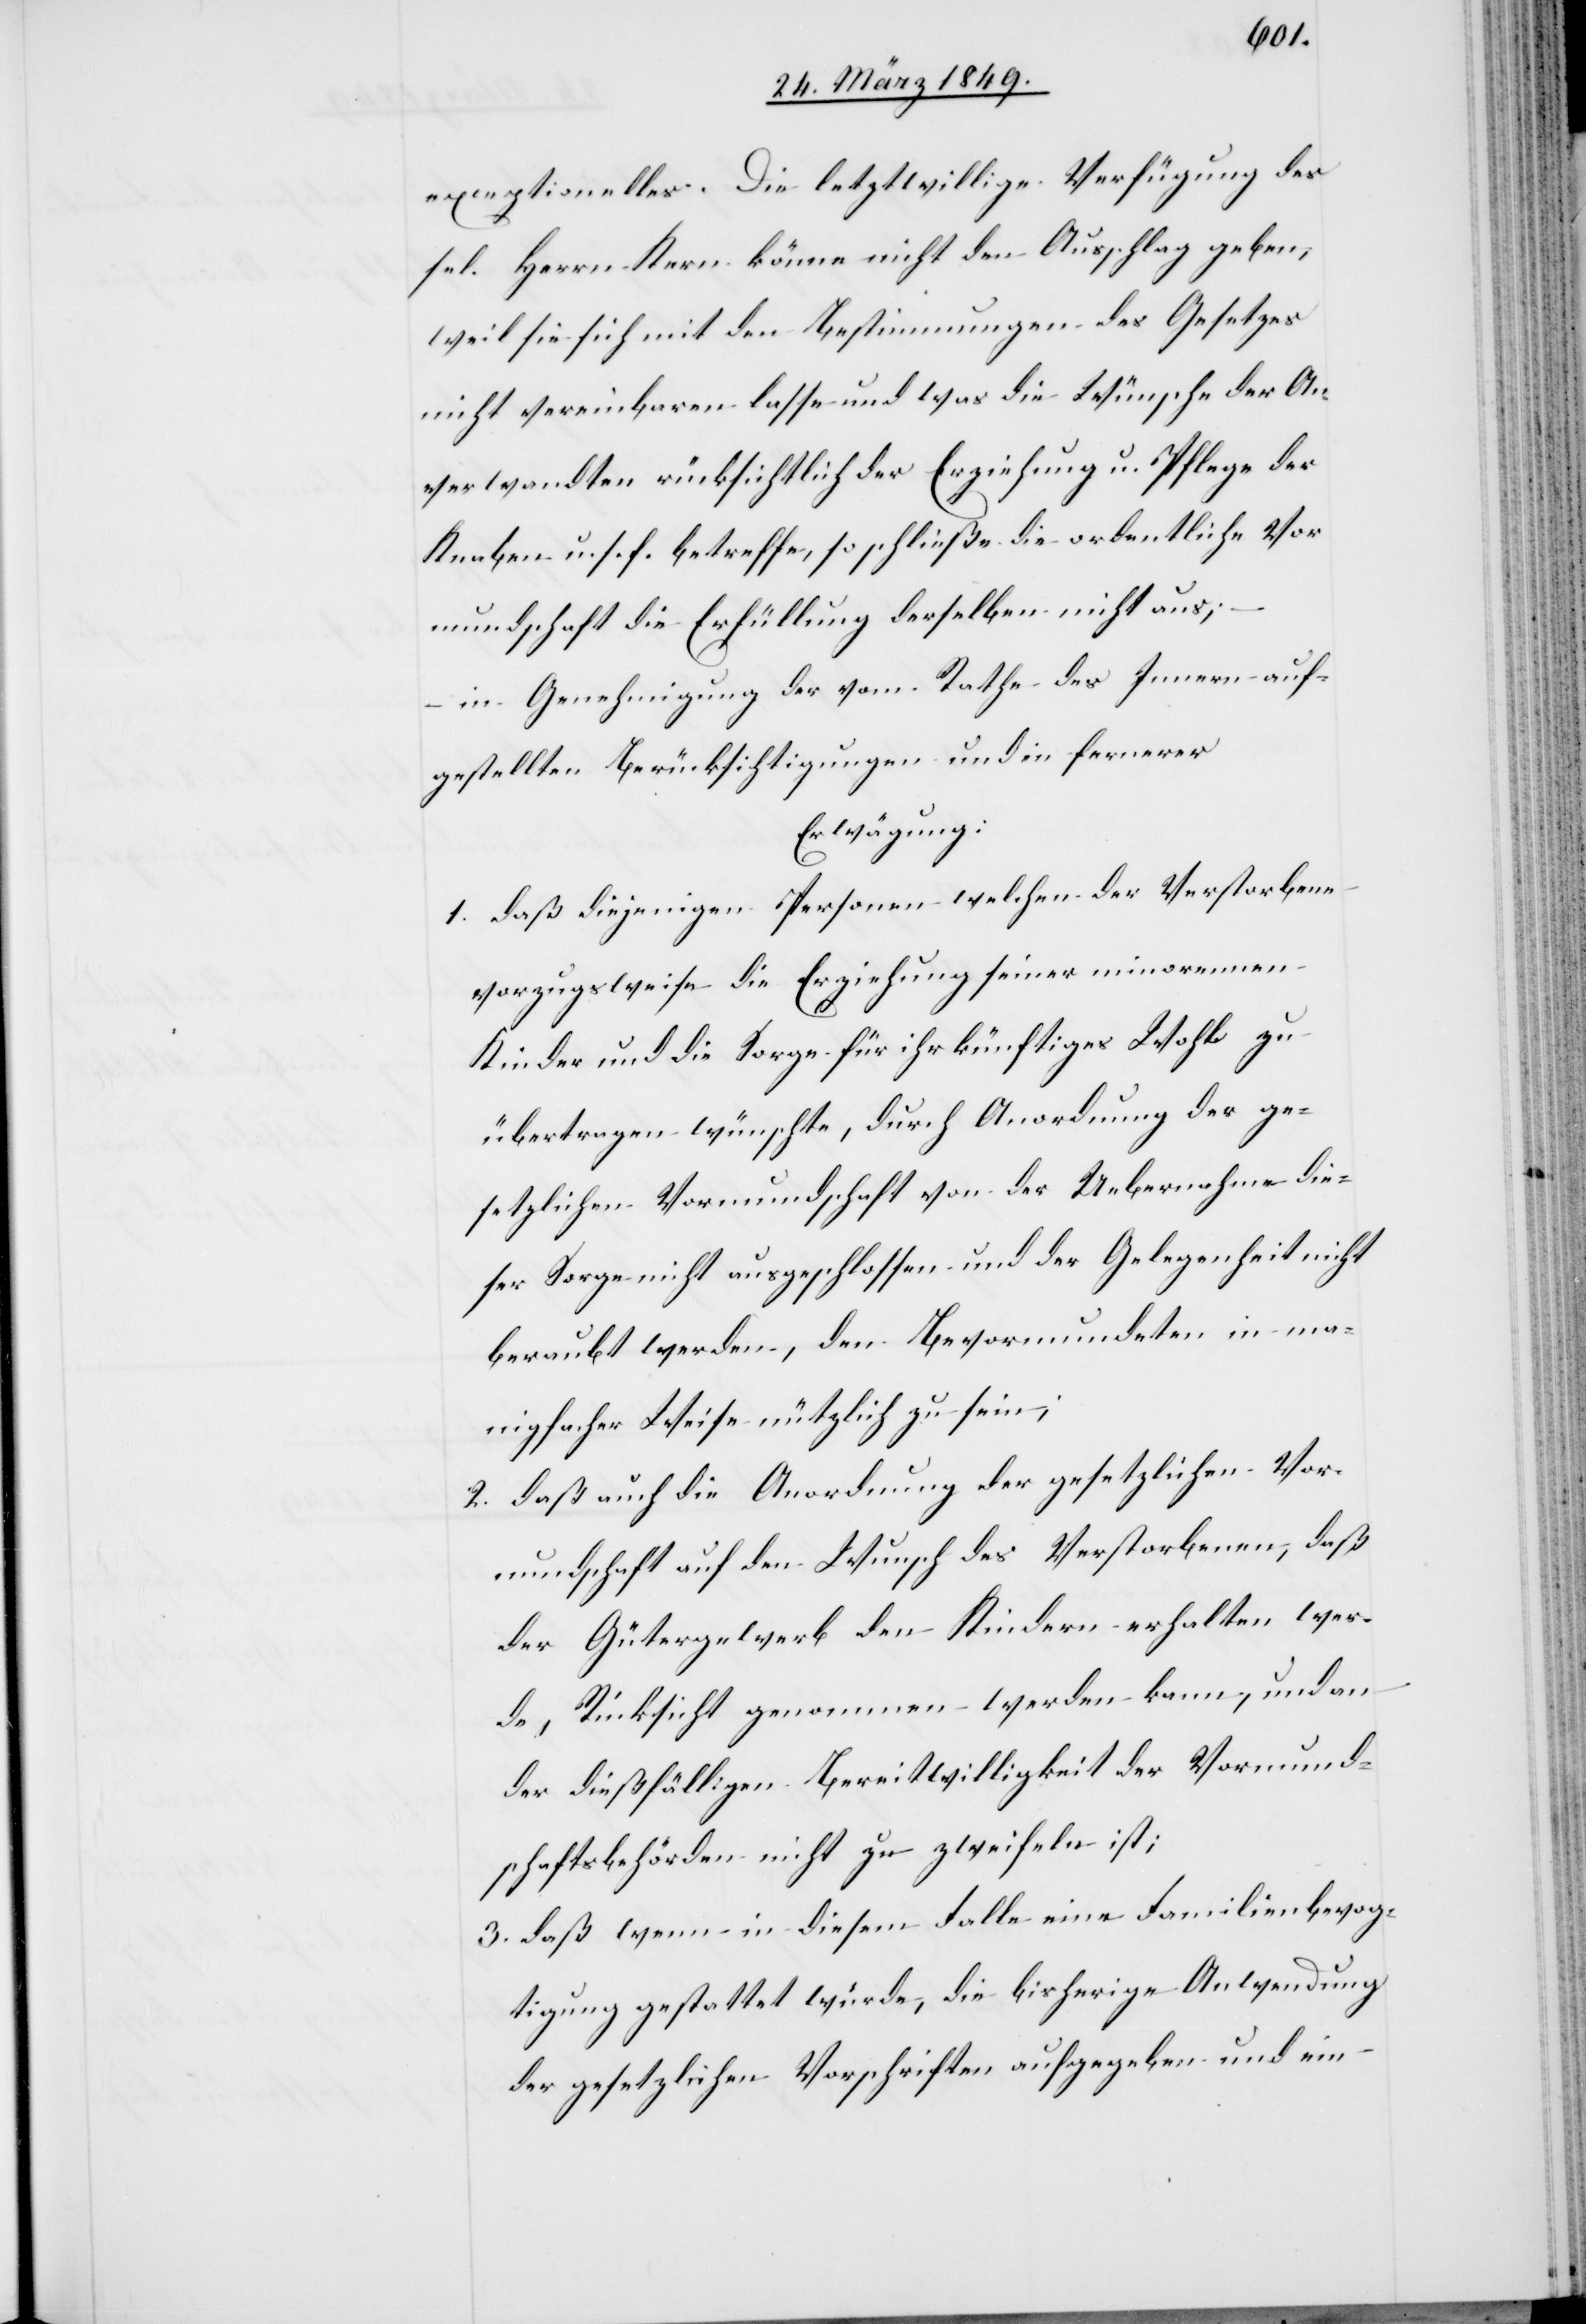
exceptionelles. Die letztwillige Verfügung des
sel. Herrn Kern könne nicht den Ausschlag geben,
weil sie sich mit den Bestimmungen des Gesetzes
nicht vereinbaren lasse und was die Wünsche der An¬
verwandten rücksichtlich der Erziehung u. Pflege der
Knaben u. s. f. betreffe, so schließe die ordentliche Vor¬
mundschaft die Erfüllung derselben nicht aus;
in Genehmigung der vom Rathe des Innern auf¬
gestellten Berücksichtigungen und in fernerer
Erwägung:
1. daß diejenigen Personen welchen der Verstorbene
vorzugsweise die Erziehung seiner minorennen
Kinder und die Sorge für ihr künftiges Wohl zu
übertragen wünschte, durch Anordnung der ge¬
setzlichen Vormundschaft von der Uebernahme die¬
ser Sorge nicht ausgeschlossen und der Gelegenheit nicht
beraubt werden, den Bevormundetetn in
[sic!] Weise nützlich zu sein;
2. daß auch die Anordnung der gesetzlichen Vor¬
mundschaft auf den Wunsch des Verstorbenen, daß
der Gütergewerb den Kindern erhalten wer¬
de, Rücksicht genommen werden kann, und an
der dießfälligen Bereitwilligkeit der Vormund¬
schaftsbehörden nicht zu zweifeln ist;
3. daß wenn in diesem Falle eine Familienbevog¬
tigung gestattet würde, die bisherige Anwendung
der gesetzlichen Vorschriften aufgegeben und ein